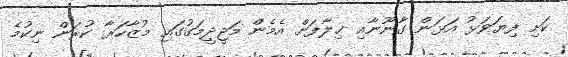
ކަށި ފިޔަވަޅު އަޅަން ގާނޫނާއި ޚިލާފަށް އެމެން މަޖީދީމަގުގައި މުޒާހަރާ ކުރަން ނިކުމެ